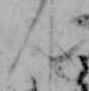
ん